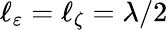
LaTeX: \ell_{\varepsilon}=\ell_{\zeta}=\lambda/2